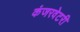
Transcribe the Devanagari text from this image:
कंजरवेटरी